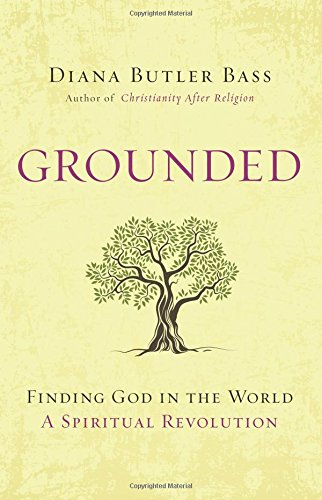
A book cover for Grounded: Finding God in the World-A Spiritual Revolution; Diana Butler Bass; Christian Books & Bibles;